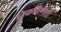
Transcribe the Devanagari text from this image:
डोकविणारी